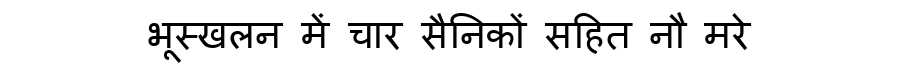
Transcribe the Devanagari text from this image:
भूस्खलन में चार सैनिकों सहित नौ मरे